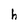
Character: h